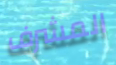
المشرف